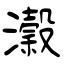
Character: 瀔